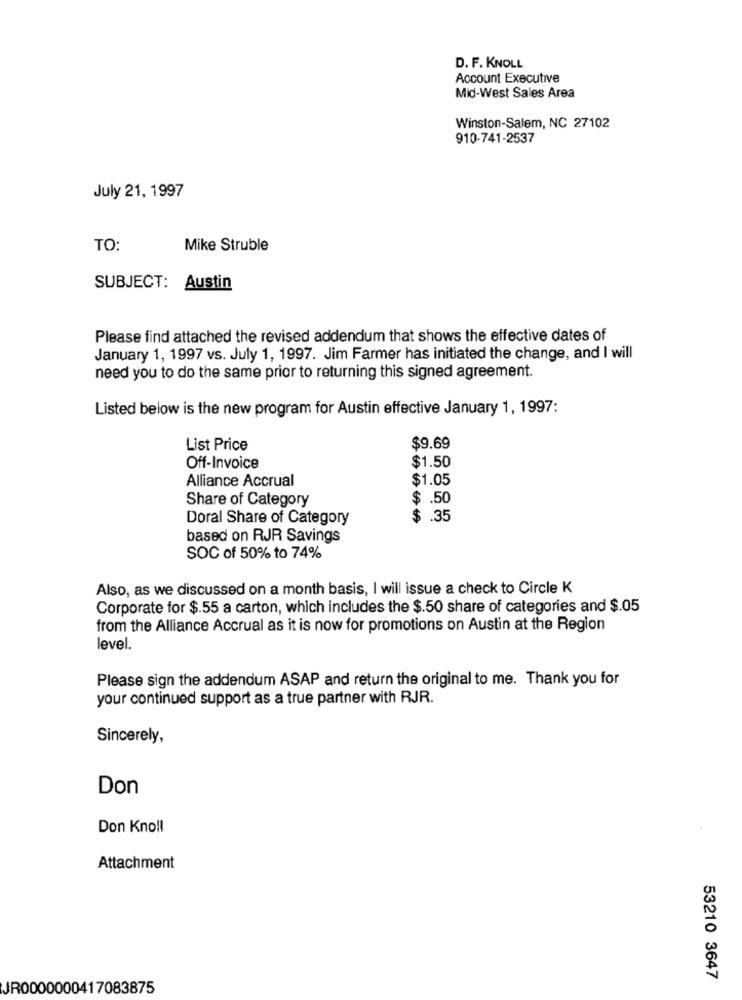
D. F. KNOLL
Account Executive
Mid-West Sales Area
Winston-Salem, NC 27102
910-741-2537
July 21, 1997
TO:
Mike Struble
SUBJECT: Austin
Please find attached the revised addendum that shows the effective dates of
January 1, 1997 vs. July 1, 1997. Jim Farmer has initiated the change, and I will
need you to do the same prior to returning this signed agreement.
Listed below is the new program for Austin effective January 1, 1997:
List Price
$9.69
Off-Invoice
$1.50
Alliance Accrual
$1.05
Share of Category
$ .50
Doral Share of Category
$ .35
based on RJR Savings
SOC of 50% to 74%
Also, as we discussed on a month basis, I will issue a check to Circle K
Corporate for $.55 a carton, which includes the $.50 share of categories and $.05
from the Alliance Accrual as it is now for promotions on Austin at the Region
level.
Please sign the addendum ASAP and return the original to me. Thank you for
your continued support as a true partner with RJR.
Sincerely,
Don
Don Knoll
Attachment
53210 3647
JR0000000417083875